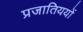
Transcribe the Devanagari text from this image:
प्रजातिययों